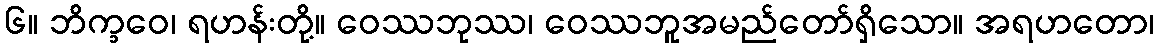
၆။ ဘိက္ခဝေ၊ ရဟန်းတို့။ ဝေဿဘုဿ၊ ဝေဿဘူအမည်တော်ရှိသော။ အရဟတော၊